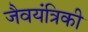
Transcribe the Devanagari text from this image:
जैवयंत्रिकी